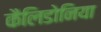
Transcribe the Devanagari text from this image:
कैलिडोनिया